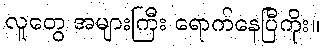
လူတွေ အများကြီး ရောက်နေပြီကိုး။